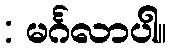
: မင်္ဂလာပါ။